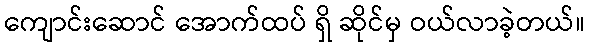
ကျောင်းဆောင် အောက်ထပ် ရှိ ဆိုင်မှ ဝယ်လာခဲ့တယ်။